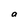
Character: a